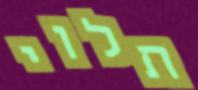
תלוי